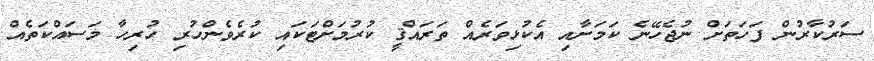
ސަރުކާރުން ފަހަތަށް ނުޖެހޭނެ ކަމަށާއި އެކުޅިވަރެއް ތަރައްޤީ ކުރުމަށްޓަކައި ކުރެވެންހުރި ހުރިހާ މަސައްކަތެއް